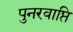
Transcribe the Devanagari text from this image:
पुनरवाप्ति